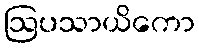
ဩပသာယိကော